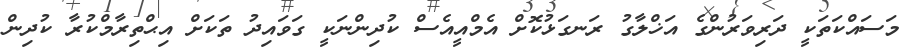
މަސައްކަތަކީ ދަރިވަރުންގެ އަޚްލާގު ރަނގަޅުކޮށް އެމްއީއެސް ކުދިންނަކީ ގަވައިދު ތަކަށް އިޙްތިރާމްކުރާ ކުދިން